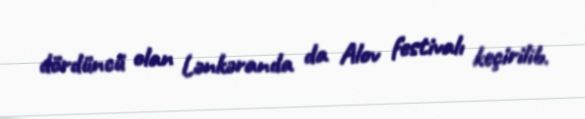
dördüncü olan Lənkəranda da Alov festivalı keçirilib.